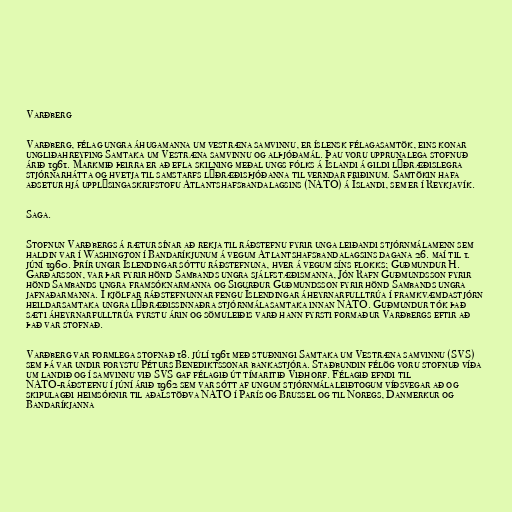
Varðberg

Varðberg, félag ungra áhugamanna um vestræna samvinnu, er íslensk félagasamtök, eins konar
ungliðahreyfing Samtaka um Vestræna samvinnu og alþjóðamál. Þau voru upprunalega stofnuð
árið 1961. Markmið þeirra er að efla skilning meðal ungs fólks á Íslandi á gildi lýðræðislegra
stjórnarhátta og hvetja til samstarfs lýðræðisþjóðanna til verndar friðinum. Samtökin hafa
aðsetur hjá upplýsingaskrifstofu Atlantshafsbandalagsins (NATÓ) á Íslandi, sem er í Reykjavík.

Saga.

Stofnun Varðbergs á rætur sínar að rekja til ráðstefnu fyrir unga leiðandi stjórnmálamenn sem
haldin var í Washington í Bandaríkjunum á vegum Atlantshafsbandalagsins dagana 26. maí til 1.
júní 1960. Þrír ungir Íslendingar sóttu ráðstefnuna, hver á vegum síns flokks; Guðmundur H.
Garðarsson, var þar fyrir hönd Sambands ungra sjálfstæðismanna, Jón Rafn Guðmundsson fyrir
hönd Sambands ungra framsóknarmanna og Sigurður Guðmundsson fyrir hönd Sambands ungra
jafnaðarmanna. Í kjölfar ráðstefnunnar fengu Íslendingar áheyrnarfulltrúa í framkvæmdastjórn
heildarsamtaka ungra lýðræðissinnaðra stjórnmálasamtaka innan NATO. Guðmundur tók það
sæti áheyrnarfulltrúa fyrstu árin og sömuleiðis varð hann fyrsti formaður Varðbergs eftir að
það var stofnað.

Varðberg var formlega stofnað 18. júlí 1961 með stuðningi Samtaka um Vestræna samvinnu (SVS)
sem þá var undir forystu Péturs Benediktssonar bankastjóra. Staðbundin félög voru stofnuð víða
um landið og í samvinnu við SVS gaf félagið út tímaritið Viðhorf. Félagið efndi til
NATO-ráðstefnu í júní árið 1962 sem var sótt af ungum stjórnmálaleiðtogum víðsvegar að og
skipulagði heimsóknir til aðalstöðva NATO í París og Brussel og til Noregs, Danmerkur og
Bandaríkjanna